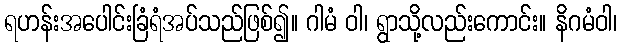
ရဟန်းအပေါင်းခြံရံအပ်သည်ဖြစ်၍။ ဂါမံ ဝါ၊ ရွာသို့လည်းကောင်း။ နိဂမံဝါ၊